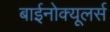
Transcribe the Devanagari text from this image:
बाईनोक्यूलर्स